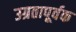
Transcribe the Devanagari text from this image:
उग्रतापूर्वक